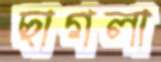
ছাগলা